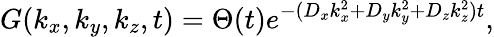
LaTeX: G(k_{x},k_{y},k_{z},t)=\Theta(t)e^{-({D_{x}}{k_{x}^{2}}+{D_{y}}{k_{y}^{2}}+{D_{z}}{k_{z}^{2}})t},